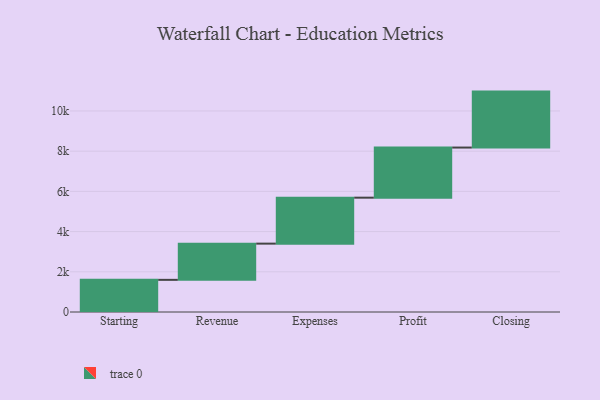
{"axis": {"x": "Step", "y": "Value"}, "legend": [""], "data": [{"x": "Starting", "y": 1599.0, "type": ""}, {"x": "Revenue", "y": 1802.0, "type": ""}, {"x": "Expenses", "y": 2286.0, "type": ""}, {"x": "Profit", "y": 2493.0, "type": ""}, {"x": "Closing", "y": 2783.0, "type": ""}]}